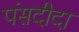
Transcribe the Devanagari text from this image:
पंसदीदा